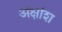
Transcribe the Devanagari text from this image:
अंक्षांश